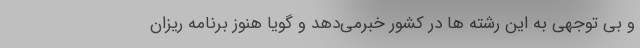
و بی توجهی به این رشته ها در کشور خبرمی‌دهد و گویا هنوز برنامه ریزان